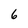
Character: 6